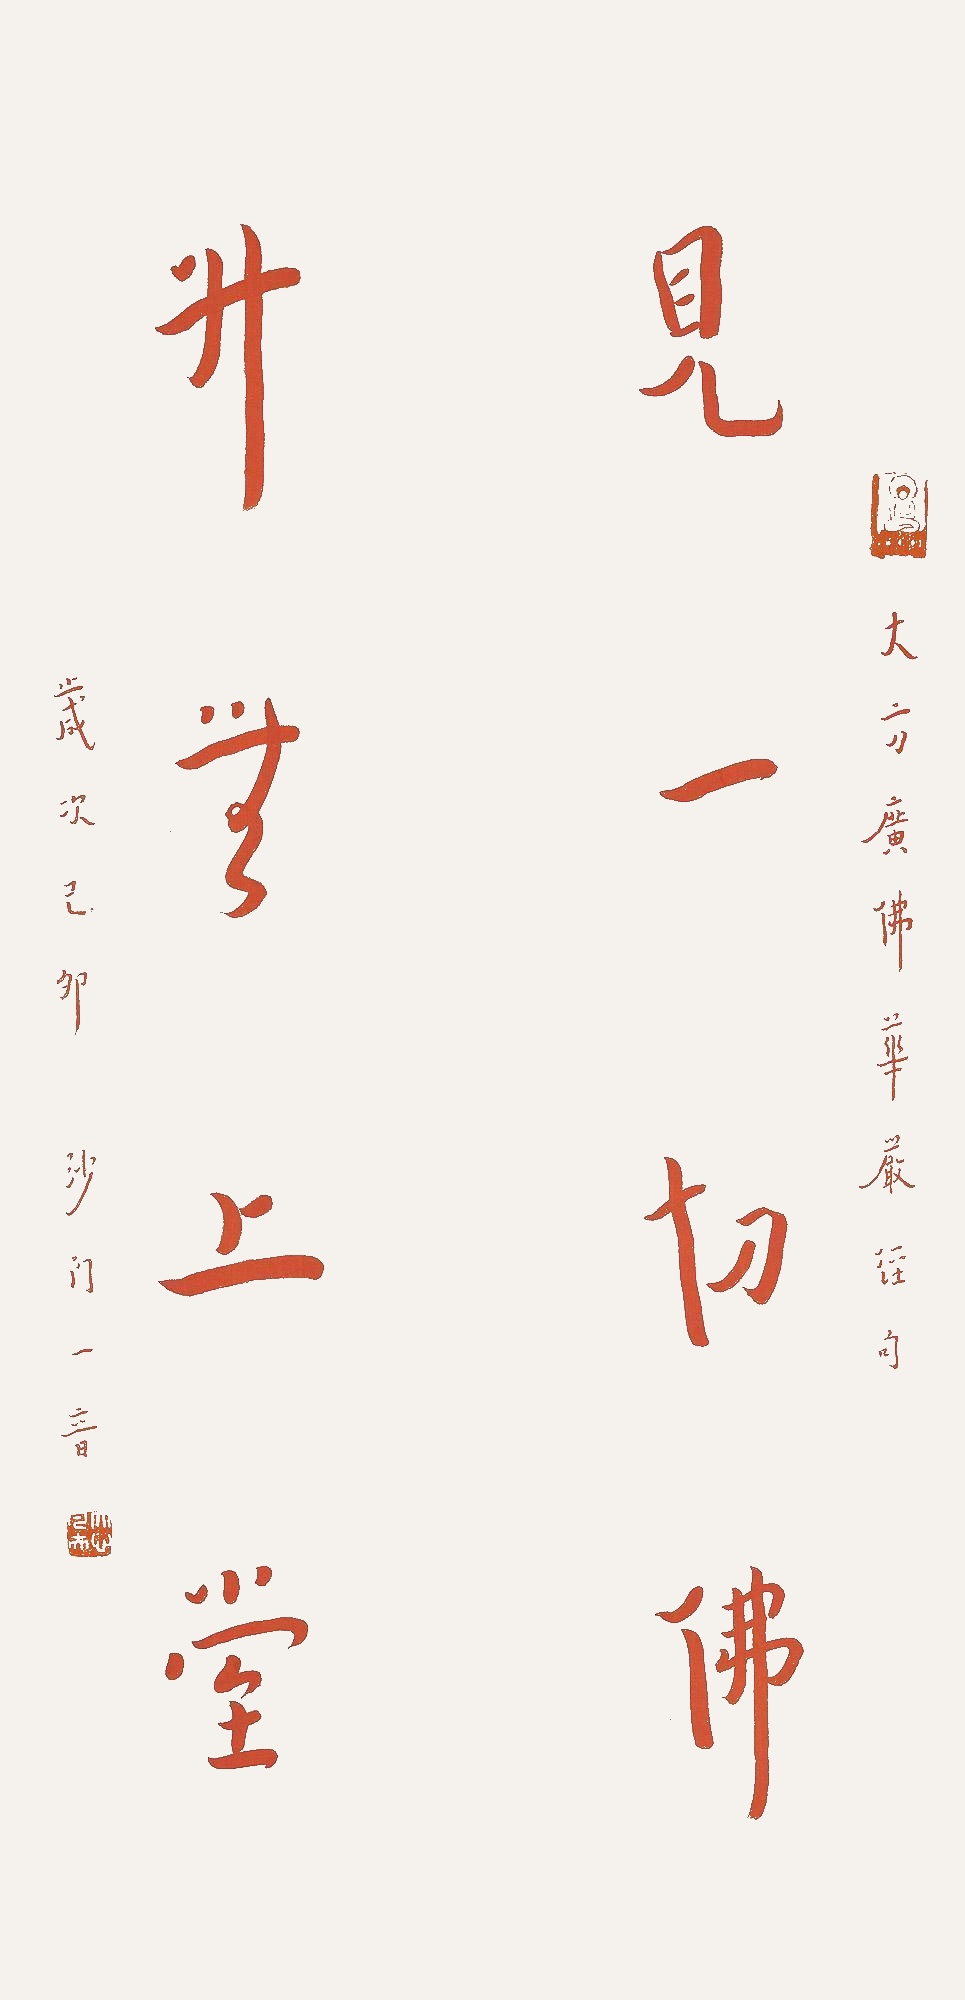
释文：见一切佛，升无上堂。大方广佛，华严经句，岁次己卯，沙门一音。